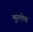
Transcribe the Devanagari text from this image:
मुरलेच